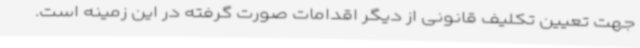
جهت تعیین تکلیف قانونی از دیگر اقدامات صورت گرفته در این زمینه است.